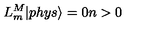
L _ { m } ^ { M } | p h y s \rangle = 0 n > 0